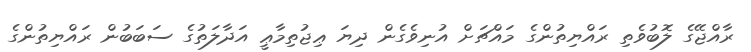
ރާއްޖޭގެ ލޮބުވެތި ރައްޔިތުންގެ މައްޗަށް އުނިވެގެން ދިޔަ ޢިޖުތިމާޢީ އަދާލަތުގެ ސަބަބުން ރައްޔިތުންގެ